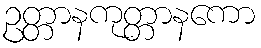
ဥတ္တာနကုတ္တာနကော